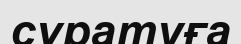
сұратуға